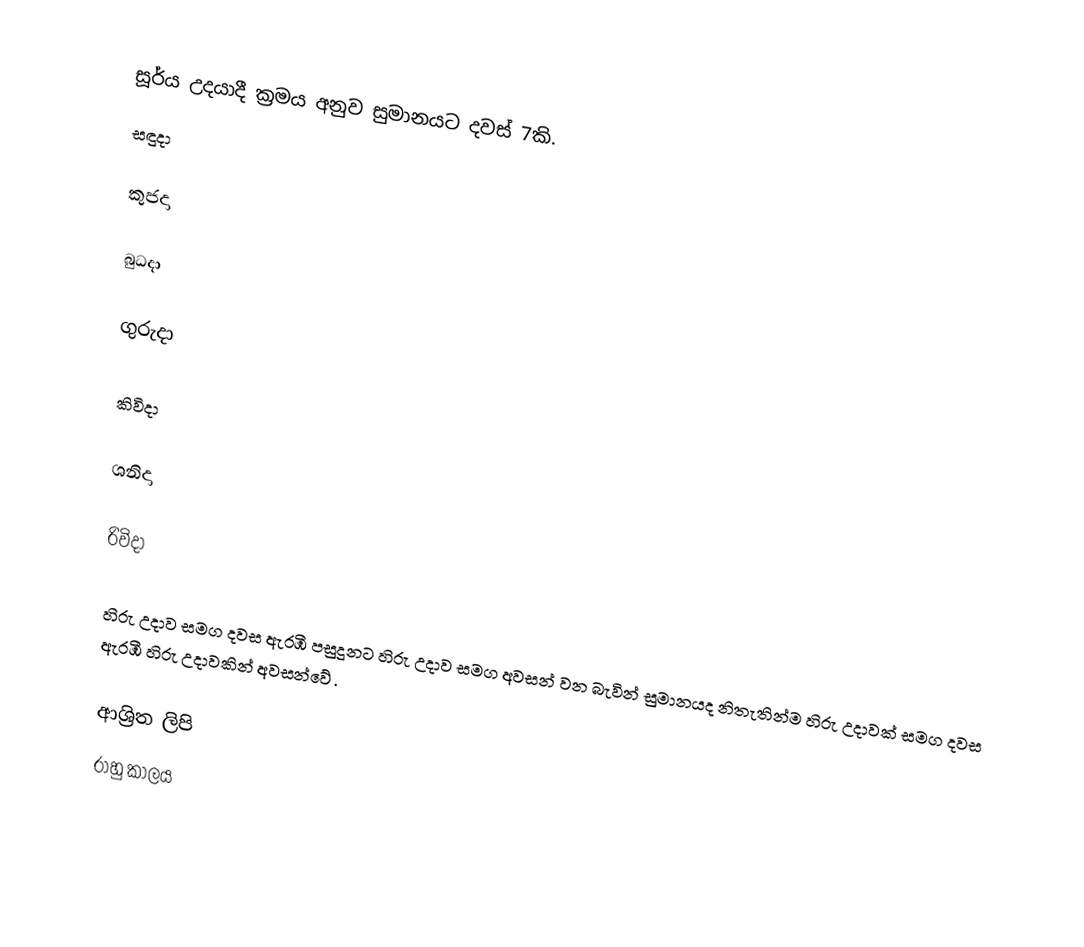
සූර්ය උදයාදී ක්‍රමය අනුව  සුමානයට දවස් 7කි.
සඳුදා

කුජදා

බුධදා

ගුරුදා

කිවිදා

ශනිදා

රිවිදා

හිරු උදාව සමග දවස ඇරඹී පසුදුනට හිරු උදාව සමග අවසන් වන බැවින් සුමානයද නිතැතින්ම  හිරු උදාවක් සමග දවස ඇරඹී හිරු උදාවකින් අවසන්වේ .

ආශ්‍රිත ලිපි
 රාහු කාලය